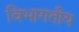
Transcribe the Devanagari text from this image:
विभागतीय